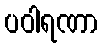
ပဝါရဏာ